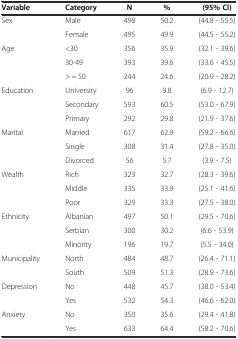
| Variable | Category | N | % | (95% CI) |
 | --- | --- | --- | --- | --- |
 | Sex | Male | 498 | 50.2 | (44.8 - 55.5) |
 |  | Female | 495 | 49.9 | (44.5 - 55.2) |
 | Age | <30 | 356 | 35.9 | (32.1 - 39.6) |
 |  | 30-49 | 393 | 39.6 | (33.6 - 45.5) |
 |  | > = 50 | 244 | 24.6 | (20.9 - 28.2) |
 | Education | University | 96 | 9.8 | (6.9 - 12.7) |
 |  | Secondary | 593 | 60.5 | (53.0 - 67.9) |
 |  | Primary | 292 | 29.8 | (21.9 - 37.6) |
 | Marital | Married | 617 | 62.9 | (59.2 - 66.6) |
 |  | Single | 308 | 31.4 | (27.8 - 35.0) |
 |  | Divorced | 56 | 5.7 | (3.9 - 7.5) |
 | Wealth | Rich | 323 | 32.7 | (28.3 - 39.6) |
 |  | Middle | 335 | 33.9 | (25.1 - 41.6) |
 |  | Poor | 329 | 33.3 | (27.5 - 38.0) |
 | Ethnicity | Albanian | 497 | 50.1 | (29.5 - 70.6) |
 |  | Serbian | 300 | 30.2 | (6.6 - 53.9) |
 |  | Minority | 196 | 19.7 | (5.5 - 34.0) |
 | Municipality | North | 484 | 48.7 | (26.4 - 71.1) |
 |  | South | 509 | 51.3 | (28.9 - 73.6) |
 | Depression | No | 448 | 45.7 | (38.0 - 53.4) |
 |  | Yes | 532 | 54.3 | (46.6 - 62.0) |
 | Anxiety | No | 350 | 35.6 | (29.4 - 41.8) |
 |  | Yes | 633 | 64.4 | (58.2 - 70.6) |